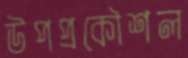
উপপ্রকৌশল